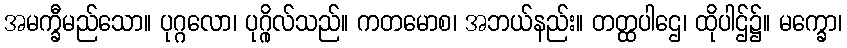
အမက္ခီမည်သော။ ပုဂ္ဂလော၊ ပုဂ္ဂိုလ်သည်။ ကတမောစ၊ အဘယ်နည်း။ တတ္ထပါဌေ၊ ထိုပါဌ်၌။ မက္ခော၊